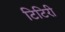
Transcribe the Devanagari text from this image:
टिटिरी